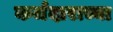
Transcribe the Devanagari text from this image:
कर्जदाराच्या